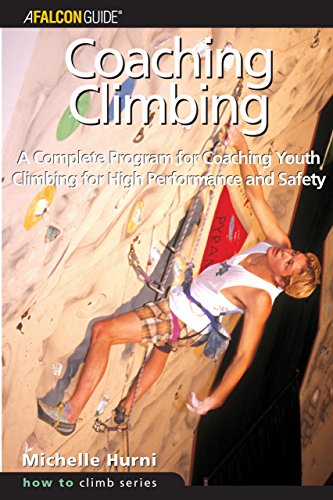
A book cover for Coaching Climbing: A Complete Program for Coaching Youth Climbing for High Performance and Safety (How To Climb Series); Michelle Hurni; Sports & Outdoors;